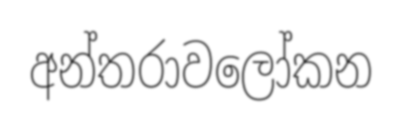
අන්තරාවලෝකන